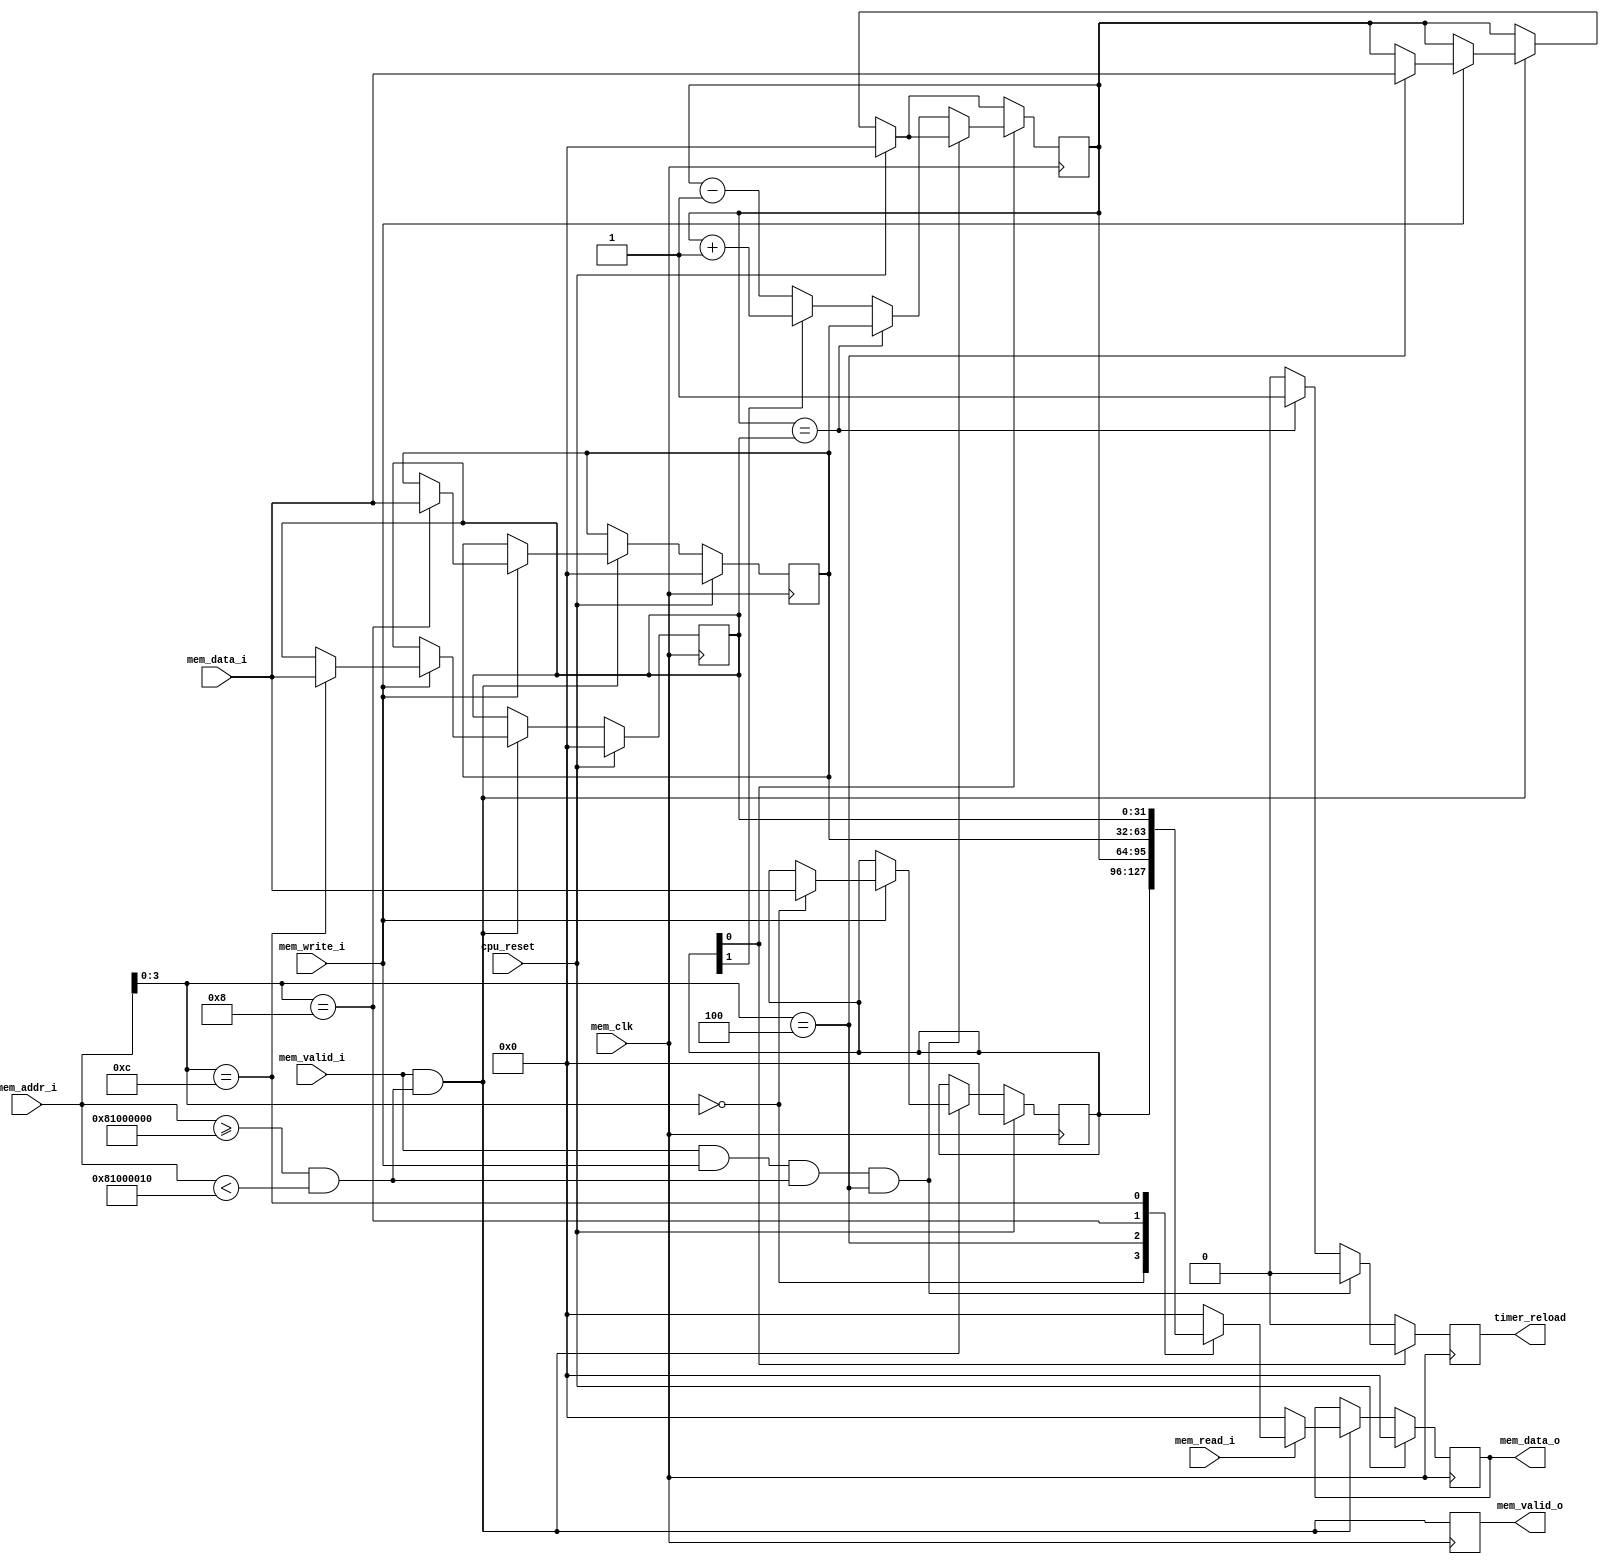
`timescale 1ns/100ps

module W0RM_Peripheral_Counter #(
  parameter ADDR_WIDTH  = 32,
  parameter DATA_WIDTH  = 32,
  parameter BASE_ADDR   = 32'h81000000,
  parameter TIME_WIDTH  = 32
)(
  input wire                    mem_clk,
                                cpu_reset,
  
  input wire                    mem_valid_i,
                                mem_read_i,
                                mem_write_i,
  input wire  [ADDR_WIDTH-1:0]  mem_addr_i,
  input wire  [DATA_WIDTH-1:0]  mem_data_i,
  
  output wire                   mem_valid_o,
  output wire [DATA_WIDTH-1:0]  mem_data_o,
  
  output wire                   timer_reload
);
  localparam  ADDR_STRIDE = 16;
  localparam  COUNT_UP    = 1;
  localparam  COUNT_DOWN  = 0;
  localparam  DECODE_HIGH = 4;
  localparam  DECODE_LOW  = 0;
  
  localparam  DECODE_CTRL   = 0;
  localparam  DECODE_TIME   = 4;
  localparam  DECODE_LOAD   = 8;
  localparam  DECODE_RESET  = 12;
  
  localparam  CTRL_BIT_EN   = 0;
  localparam  CTRL_BIT_DIR  = 1;
  
  reg   [DATA_WIDTH-1:0]  ctrl = 0,
                          timer = 0,
                          load = 0,
                          reset = 0;
  reg   [DATA_WIDTH-1:0]  mem_data_o_r = 0;
  reg                     mem_valid_o_r = 0;
  
  wire                    mem_decode_ce;
  wire  [DECODE_HIGH-1:0] mem_decode_addr_i;
  reg                     timer_reload_r = 0;
  
  assign mem_decode_ce = (mem_addr_i >= BASE_ADDR) && (mem_addr_i < (BASE_ADDR + ADDR_STRIDE));
  assign mem_decode_addr_i = mem_addr_i[DECODE_HIGH:DECODE_LOW];
  
  assign mem_data_o   = mem_data_o_r;
  assign mem_valid_o  = mem_valid_o_r;
  assign timer_reload = timer_reload_r;
  
  always @(posedge mem_clk)
  begin
    if (cpu_reset)
    begin
      ctrl          <= {DATA_WIDTH{1'b0}};
      timer         <= {DATA_WIDTH{1'b0}};
      load          <= {DATA_WIDTH{1'b0}};
      reset         <= {DATA_WIDTH{1'b0}};
      mem_valid_o_r <= 1'b0;
      mem_data_o_r  <= {DATA_WIDTH{1'b0}};
      timer_reload_r  <= 1'b0;
    end
    else if (mem_valid_i && mem_decode_ce)
    begin
      mem_data_o_r  <= {DATA_WIDTH{1'b0}};
      
      if (mem_read_i)
      begin
        case (mem_decode_addr_i)
          DECODE_CTRL:
            mem_data_o_r  <= ctrl;
          
          DECODE_TIME:
            mem_data_o_r  <= timer;
          
          DECODE_LOAD:
            mem_data_o_r  <= load;
          
          DECODE_RESET:
            mem_data_o_r  <= reset;
          
          default:
            mem_data_o_r  <= {DATA_WIDTH{1'b0}};
        endcase
      end
      
      if (mem_write_i)
      begin
        case (mem_decode_addr_i)
          DECODE_CTRL:
            ctrl  <= mem_data_i;
          
          DECODE_TIME:
            timer <= mem_data_i;
          
          DECODE_LOAD:
            load  <= mem_data_i;
          
          DECODE_RESET:
            reset <= mem_data_i;
          
          default:
          begin
            // No-op
          end
        endcase
      end
    end
    
    timer_reload_r  <= 1'b0;
    
    if (ctrl[CTRL_BIT_EN])
    begin
      if (~(mem_valid_i && mem_write_i && mem_decode_ce && (mem_decode_addr_i == DECODE_TIME)))
      begin
        // Writing to a register other than DECODE_TIME
        if (ctrl[CTRL_BIT_DIR] == COUNT_UP)
        begin
          timer <= timer + 1;
        end
        else
        begin
          timer <= timer - 1;
        end
        
        if (timer == reset)
        begin
          timer         <= load;
          timer_reload_r  <= 1'b1;
          
          //! @todo Add a rollover signal/interrupt
        end
      end
    end
    
    mem_valid_o_r <= mem_valid_i && mem_decode_ce;
  end

endmodule